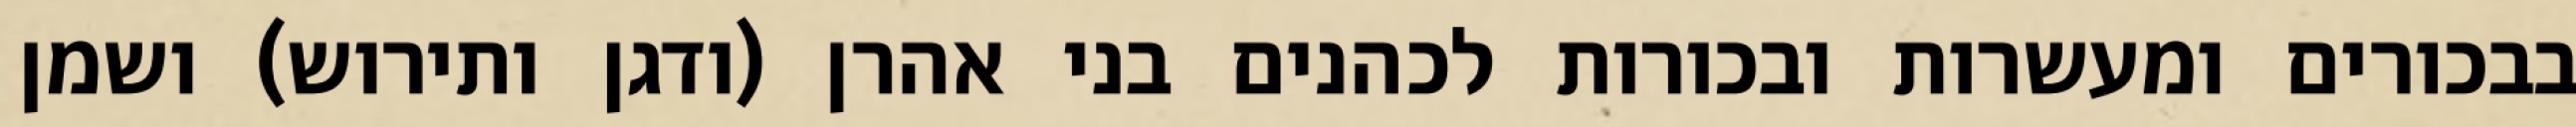
בבכורים ומעשרות ובכורות לכהנים בני אהרן (ודגן ותירוש) ושמן